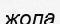
жола